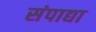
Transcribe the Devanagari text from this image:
संपाद्या